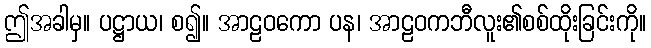
ဤအခါမှ။ ပဋ္ဌာယ၊ စ၍။ အာဠဝကော ပန၊ အာဠဝကဘီလူး၏စစ်ထိုးခြင်းကို။